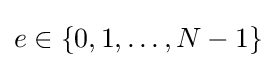
e\in \{0,1,\dots ,N-1\}